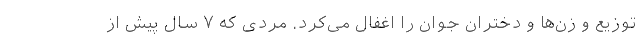
توزیع و زن‌ها و دختران جوان را اغفال می‌کرد. مردی که ۷ سال پیش از